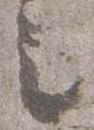
之